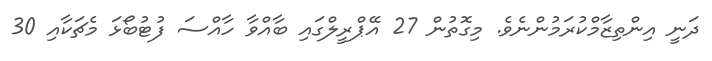
ދަނީ އިންތިޒާމްކުރަމުންނެވެ. މިގޮތުން 27 އޭޕްރީލްގައި ބާއްވާ ހާއްސަ ފުޓުބޯޅަ މެޗަކާއި 30